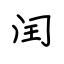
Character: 闰